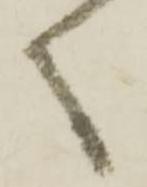
く